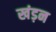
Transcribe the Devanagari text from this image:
खंड़न